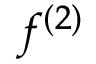
f ^ { ( 2 ) }